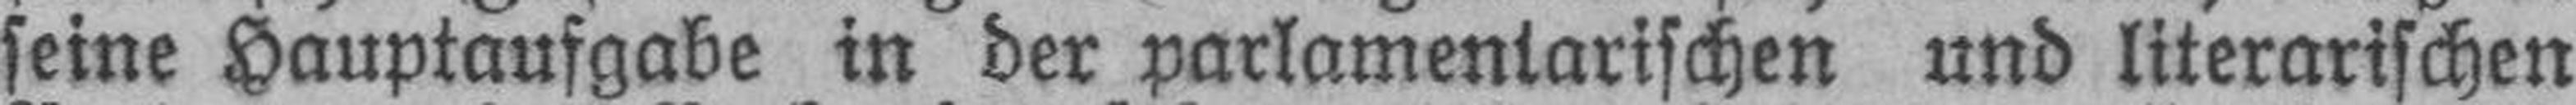
seine Hauptaufgabe in der parlamentarischen und literarischen